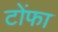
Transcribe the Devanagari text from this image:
टोंफा